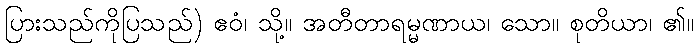
ပြားသည်ကိုပြသည်) ဧဝံ၊ သို့။ အတီတာရမ္မဏာယ၊ သော။ စုတိယာ၊ ၏။